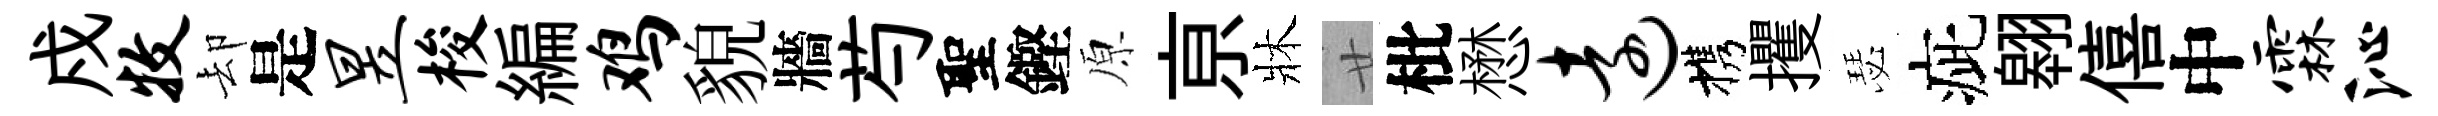
戍牧却是昱梭編鸡貌牆芍聖鏗原亰牀廿枇懋远携攫瑟疵翱僖中霖沁